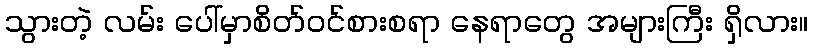
သွားတဲ့ လမ်း ပေါ်မှာစိတ်ဝင်စားစရာ နေရာတွေ အများကြီး ရှိလား။